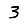
Digit: 3